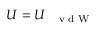
U = U _ { \mathrm { ~ \tiny ~ \textnormal ~ { ~ v ~ d ~ W ~ } ~ } }